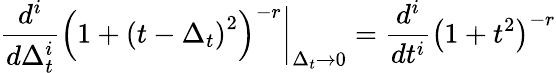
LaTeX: \frac{d^{i}}{d\Delta_{t}^{i}}\left(1+\left(t-\Delta_{t}\right)^{2}\right)^{-r}\bigg|_{\Delta_{t}\to 0}=\frac{d^{i}}{dt^{i}}\left(1+t^{2}\right)^{-r}